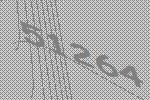
51264